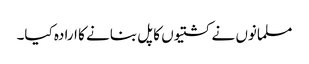
مسلمانوں نے کشتیوں کا پل بنانے کا ارادہ کیا۔